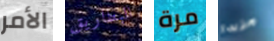
الأمر البطاريق مرة مزيدا